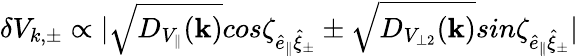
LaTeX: \delta V_{k,\pm}\propto|\sqrt{D_{V_{\parallel}}(\mathbf{k})}cos\zeta_{\hat{e}_{\parallel}\hat{\mathbf{\xi}}_{\pm}}\pm\sqrt{D_{V_{\perp 2}}(\mathbf{k})}sin\zeta_{\hat{e}_{\parallel}\hat{\mathbf{\xi}}_{\pm}}|